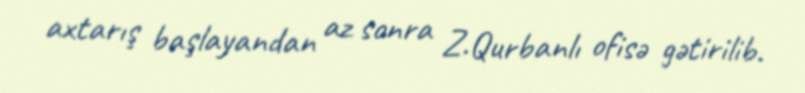
axtarış başlayandan az sonra Z.Qurbanlı ofisə gətirilib.